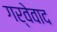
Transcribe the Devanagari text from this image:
गर्वेवाद